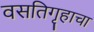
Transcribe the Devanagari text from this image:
वसतिगृहाचा